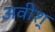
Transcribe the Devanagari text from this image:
अवीश्